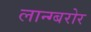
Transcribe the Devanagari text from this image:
लान्ग्बरोर